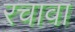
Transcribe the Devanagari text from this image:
रचावा